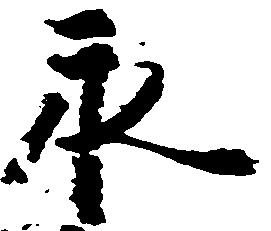
永